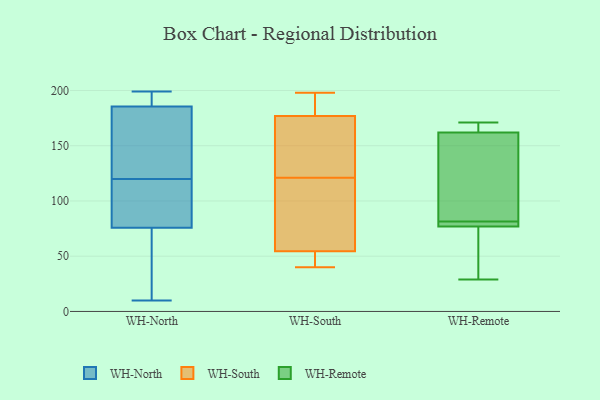
{"axis": {"x": "Demand Index", "y": "Value"}, "legend": ["WH-North", "WH-Remote", "WH-South"], "data": [{"x": "", "y": 73, "type": "WH-North"}, {"x": "", "y": 120, "type": "WH-North"}, {"x": "", "y": 181, "type": "WH-North"}, {"x": "", "y": 10, "type": "WH-North"}, {"x": "", "y": 199, "type": "WH-North"}, {"x": "", "y": 187, "type": "WH-North"}, {"x": "", "y": 109, "type": "WH-North"}, {"x": "", "y": 84, "type": "WH-North"}, {"x": "", "y": 199, "type": "WH-North"}, {"x": "", "y": 66, "type": "WH-North"}, {"x": "", "y": 165, "type": "WH-North"}, {"x": "", "y": 152, "type": "WH-South"}, {"x": "", "y": 53, "type": "WH-South"}, {"x": "", "y": 56, "type": "WH-South"}, {"x": "", "y": 90, "type": "WH-South"}, {"x": "", "y": 40, "type": "WH-South"}, {"x": "", "y": 198, "type": "WH-South"}, {"x": "", "y": 168, "type": "WH-South"}, {"x": "", "y": 152, "type": "WH-South"}, {"x": "", "y": 195, "type": "WH-South"}, {"x": "", "y": 186, "type": "WH-South"}, {"x": "", "y": 76, "type": "WH-South"}, {"x": "", "y": 53, "type": "WH-South"}, {"x": "", "y": 162, "type": "WH-Remote"}, {"x": "", "y": 42, "type": "WH-Remote"}, {"x": "", "y": 171, "type": "WH-Remote"}, {"x": "", "y": 135, "type": "WH-Remote"}, {"x": "", "y": 80, "type": "WH-Remote"}, {"x": "", "y": 83, "type": "WH-Remote"}, {"x": "", "y": 162, "type": "WH-Remote"}, {"x": "", "y": 77, "type": "WH-Remote"}, {"x": "", "y": 29, "type": "WH-Remote"}, {"x": "", "y": 78, "type": "WH-Remote"}]}